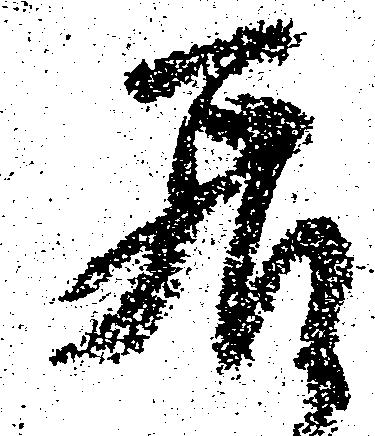
居